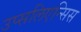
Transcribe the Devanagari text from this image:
उप्सलिएन्सिस